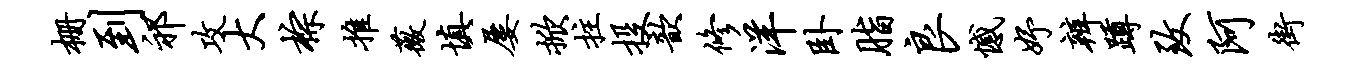
栅到祁攻大棕推薇填屡掀拄投歆修洋卧脂良憾妤辨蹲致阿街